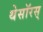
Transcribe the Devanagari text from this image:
थेसॉरस्